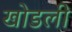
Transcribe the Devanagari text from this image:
खोडली